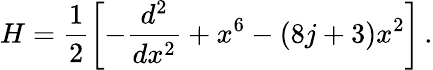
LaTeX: H=\frac{1}{2}\left[-\frac{d^{2}}{dx^{2}}+x^{6}-(8j+3)x^{2}\right]\, .